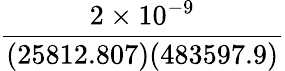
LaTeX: \frac{2\times 10^{-9}}{(25812.807)(483597.9)}